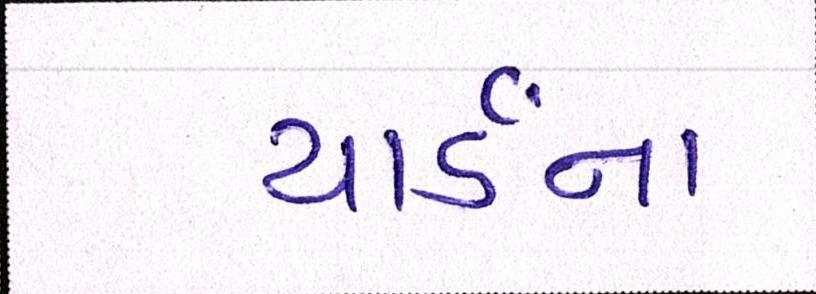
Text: યાર્ડનાં